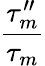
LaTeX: \frac{\tau_{m}^{\prime\prime}}{\tau_{m}}